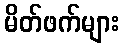
မိတ်ဖက်များ